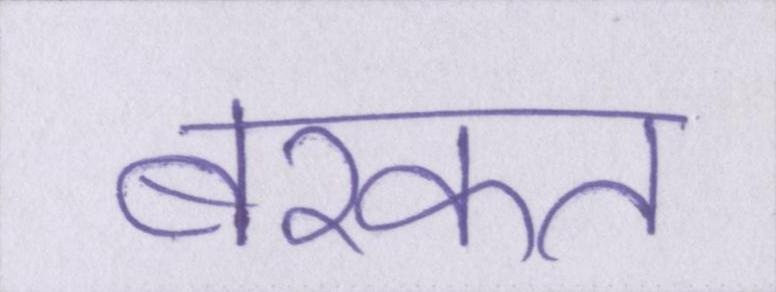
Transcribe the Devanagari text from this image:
बरकत